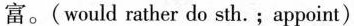
富。( would rather do sth.;appoint)